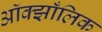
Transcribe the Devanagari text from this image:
ऑक्झाँलिक